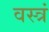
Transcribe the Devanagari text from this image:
वस्त्रं